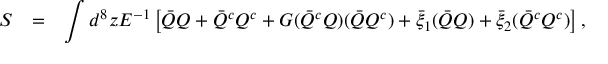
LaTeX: \begin{array} { r c l } { { S } } & { { = } } & { { \displaystyle \int d ^ { 8 } z E ^ { - 1 } \left[ \bar { Q } Q + \bar { Q } ^ { c } Q ^ { c } + G ( \bar { Q } ^ { c } Q ) ( \bar { Q } Q ^ { c } ) + \bar { \xi } _ { 1 } ( \bar { Q } Q ) + \bar { \xi } _ { 2 } ( \bar { Q } ^ { c } Q ^ { c } ) \right] , } } \end{array}